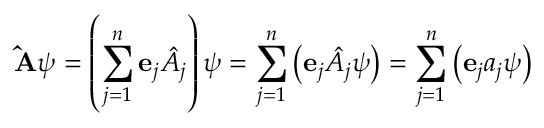
\mathbf { \hat { A } } \psi = \left( \sum _ { j = 1 } ^ { n } \mathbf { e } _ { j } { \hat { A } } _ { j } \right) \psi = \sum _ { j = 1 } ^ { n } \left( \mathbf { e } _ { j } { \hat { A } } _ { j } \psi \right) = \sum _ { j = 1 } ^ { n } \left( \mathbf { e } _ { j } a _ { j } \psi \right)